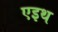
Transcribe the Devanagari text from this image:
एइथ